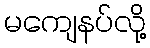
မကျေနပ်လို့